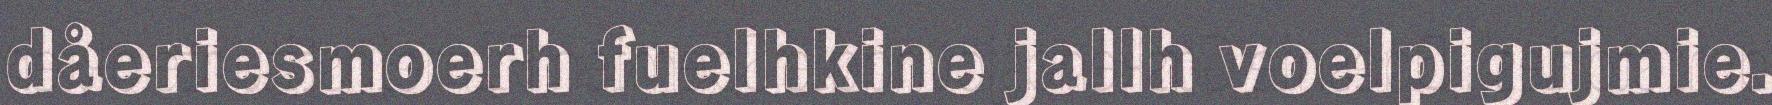
dåeriesmoerh fuelhkine jallh voelpigujmie.